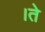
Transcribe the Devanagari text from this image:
।ते